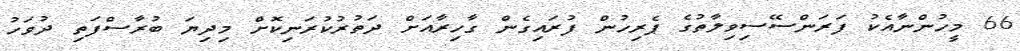
66 މީހުންނާއެކު ފަރަންސޭސިވިލާތުގެ ޕެރިހުން ފުރައިގެން ގާހިރާއަށް ދަތުރުކުރަނިކޮށް މިދިޔަ ބުރާސްފަތި ދުވަހު